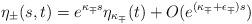
LaTeX: \begin{align*} \eta_{\pm}(s,t)=e^{\kappa_{\mp}s}\eta_{\kappa_{\mp}}(t)+O(e^{(\kappa_{\mp}+\epsilon_{\mp})s})\end{align*}